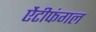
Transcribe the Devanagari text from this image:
ऐंटीफंगल